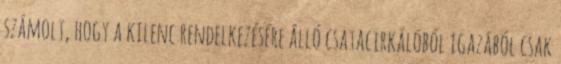
számolt, hogy a kilenc rendelkezésére álló csatacirkálóból igazából csak